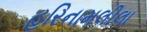
હરિનામલીલા